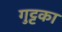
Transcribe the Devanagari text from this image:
गुट्टका